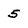
Character: 5